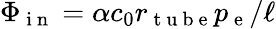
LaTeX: \Phi_{\mathrm{~i~n~}}=\alpha c_{0}r_{\mathrm{~t~u~b~e~}}p_{\mathrm{~e~}}/\ell